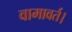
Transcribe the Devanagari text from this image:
वामावर्त।